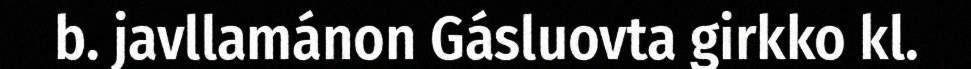
b. javllamánon Gásluovta girkko kl.